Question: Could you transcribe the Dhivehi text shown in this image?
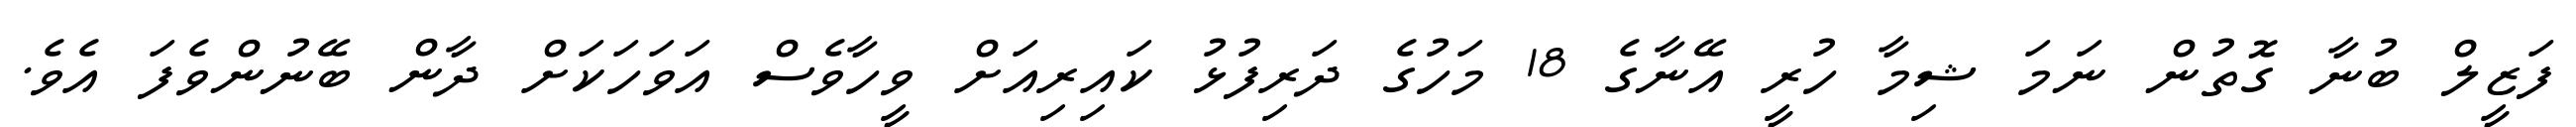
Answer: ފަޒީލް ބުނާ ގޮތުން ނަމަ ޝިމާ ހުރީ އޭނާގެ 18 މަހުގެ ދަރިފުޅު ކައިރިއަށް ވީހާވެސް އަވަހަކަށް ދާން ބޭނުންވެފަ އެވެ.